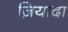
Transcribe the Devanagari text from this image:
ज़ियादा